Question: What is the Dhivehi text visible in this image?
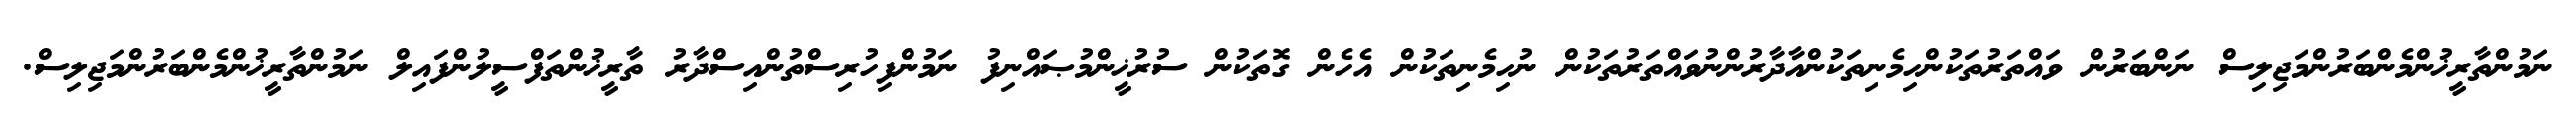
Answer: ނަމުންތާރީޚުންމެންބަރުންމަޖިލިސް ނަންބަރުން ވައްތަރުތަކުންހިމެނިތަކުންއާދާރުންނުވައްތަރުތަކުން ނުހިމެނިތަކުން އެހެން ގޮތަކުން ސުރުޚީންމުޞައްނިފު ނަމުންފިހުރިސްތުންއިސްދާރު ތާރީޚުންތަފްސީލުންފައިލް ނަމުންތާރީޚުންމެންބަރުންމަޖިލިސް.